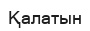
Қалатын